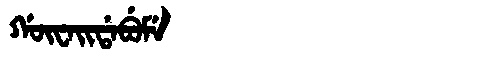
Manchu: ᡤᡡᠸᠠᡳᡩᠠᠪᡠᠮᡝ
Romanization: GŪWAIDABUME